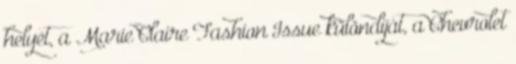
helyét, a Marie Claire Fashion Issue különdíját, a Chevrolet